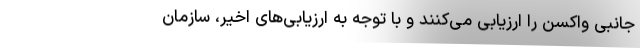
جانبی واکسن را ارزیابی می‌کنند و با توجه به ارزیابی‌های اخیر، سازمان